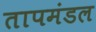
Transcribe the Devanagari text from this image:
तापमंडल